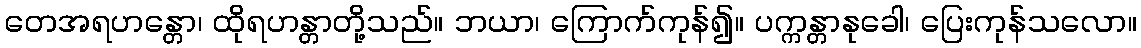
တေအရဟန္တော၊ ထိုရဟန္တာတို့သည်။ ဘယာ၊ ကြောက်ကုန်၍။ ပက္ကန္တာနုခေါ၊ ပြေးကုန်သလော။